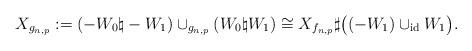
LaTeX: \begin{align*} X_{g_{n, p}} := (-W_0 \natural -W_1) \cup_{g_{n, p}} (W_0 \natural W_1) \cong X_{f_{n, p}} \sharp \bigl( (-W_1) \cup_{{\rm id}} W_1 \bigr). \end{align*}